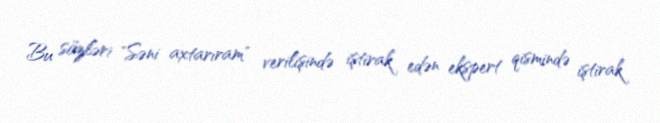
Bu sözləri "Səni axtarıram" verilişində iştirak edən ekspert qismində iştirak